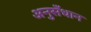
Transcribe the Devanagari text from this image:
अनुसँधान